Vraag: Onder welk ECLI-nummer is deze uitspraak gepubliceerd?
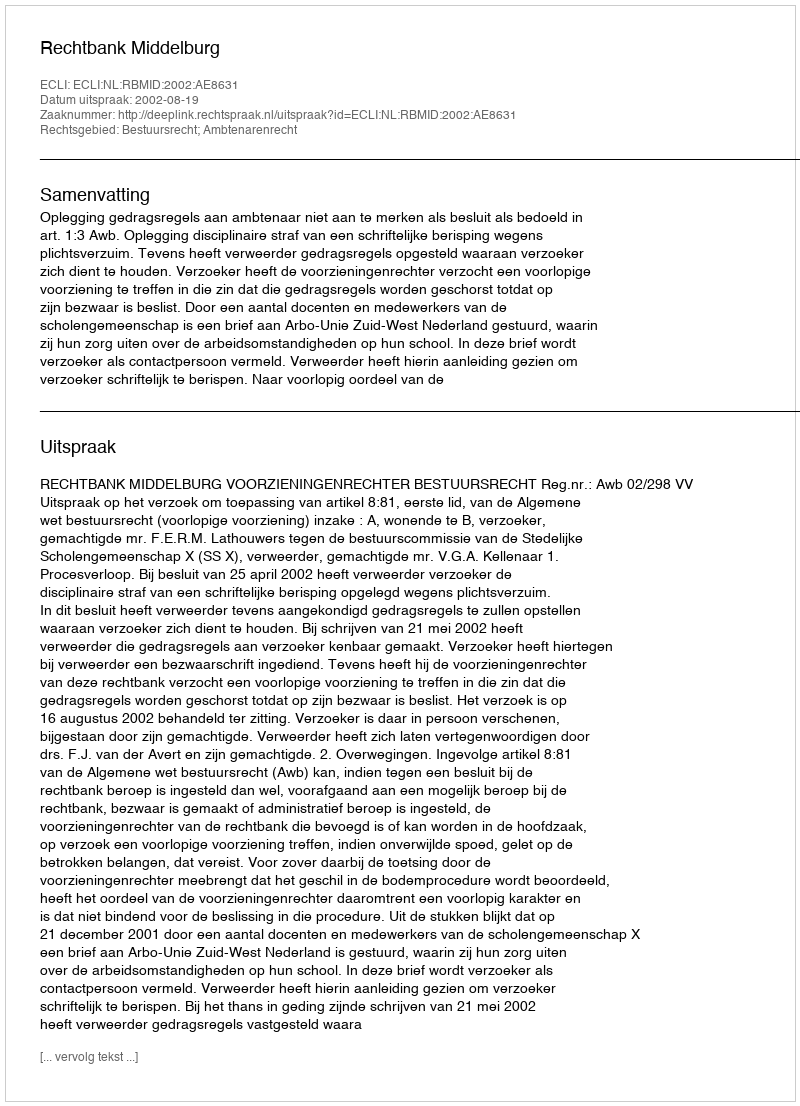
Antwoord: ECLI:NL:RBMID:2002:AE8631